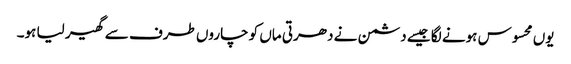
یوں محسوس ہونے لگا جیسے دشمن نے دھرتی ماں کو چاروں طرف سے گھیر لیا ہو۔